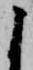
よ